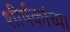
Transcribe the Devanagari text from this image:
शीर्षकांच्या